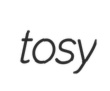
tosy